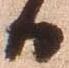
日